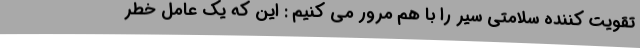
تقویت کننده سلامتی سیر را با هم مرور می کنیم : این كه يك عامل خطر